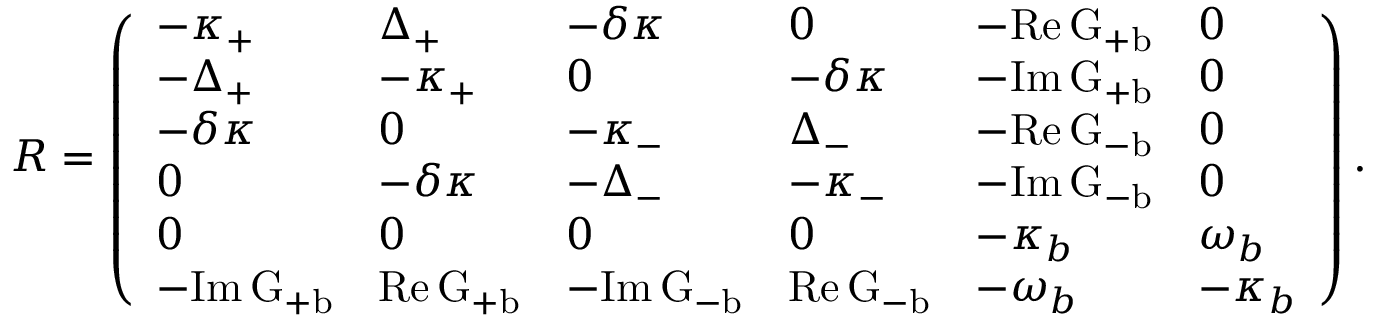
\begin{array} { r } { \cal R = \left( \begin{array} { l l l l l l } { - \kappa _ { + } } & { { \Delta } _ { + } } & { - \delta \kappa } & { 0 } & { - \mathrm { R e } \, G _ { + b } } & { 0 } \\ { - { \Delta } _ { + } } & { - \kappa _ { + } } & { 0 } & { - \delta \kappa } & { - \mathrm { I m } \, G _ { + b } } & { 0 } \\ { - \delta \kappa } & { 0 } & { - \kappa _ { - } } & { { \Delta } _ { - } } & { - \mathrm { R e } \, G _ { - b } } & { 0 } \\ { 0 } & { - \delta \kappa } & { - { \Delta } _ { - } } & { - \kappa _ { - } } & { - \mathrm { I m } \, G _ { - b } } & { 0 } \\ { 0 } & { 0 } & { 0 } & { 0 } & { - \kappa _ { b } } & { \omega _ { b } } \\ { { - \mathrm { I m } \, G _ { + b } } } & { \mathrm { R e } \, G _ { + b } } & { { - \mathrm { I m } \, G _ { - b } } } & { \mathrm { R e } \, G _ { - b } } & { - \omega _ { b } } & { - \kappa _ { b } } \end{array} \right) . } \end{array}